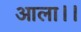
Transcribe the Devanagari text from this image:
आला।।